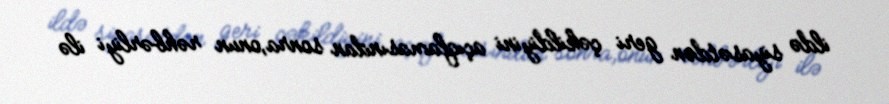
ildə siyasətdən geri çəkildiyini açıqlamasından sonra,onun rəhbərliyi ilə